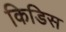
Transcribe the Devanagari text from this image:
किडिस